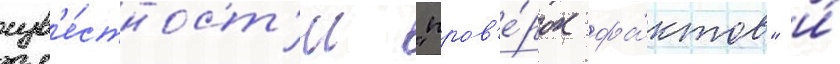
изв'е́стност'и "пров'е́рок фа́ктов" и́